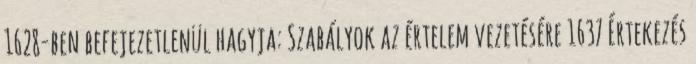
1628-ben befejezetlenül hagyja: Szabályok az értelem vezetésére 1637 Értekezés